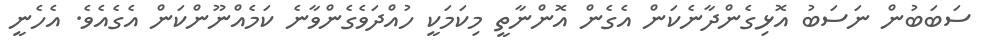
ސަބަބުން ނަސަބު އޮޅިގެންދާނެކަން އެގެން އޮންނާތީ މިކަމަކީ ހުއްދަވެގެންވާނެ ކަމެއްނޫންކަން އެގެއެވެ. އެހެނީ